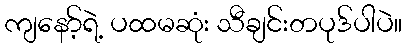
ကျနော့်ရဲ့ ပထမဆုံး သီချင်းတပုဒ်ပါပဲ။